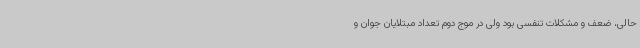
حالی، ضعف و مشکلات تنفسی بود ولی در موج دوم تعداد مبتلایان جوان و